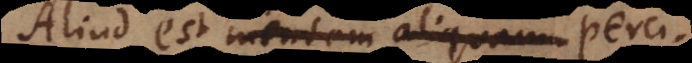
Aliud est mentem aliquam perci